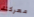
معركتك